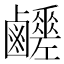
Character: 𪊈